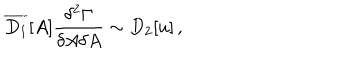
\overline { { { D _ { 1 } } } } [ A ] \frac { \delta ^ { 2 } \Gamma } { \delta A \delta A } \sim D _ { 2 } [ u ] \, ,